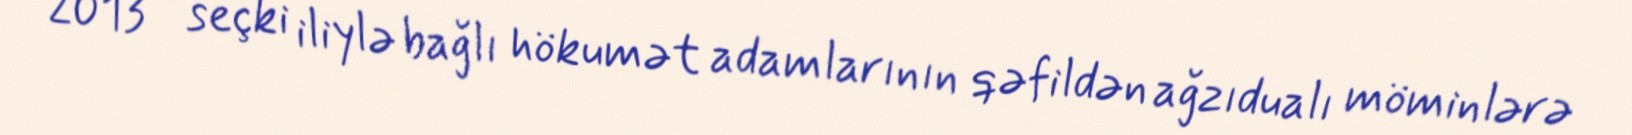
2013 - seçki iliylə bağlı hökumət adamlarının qəfildən ağzıdualı möminlərə